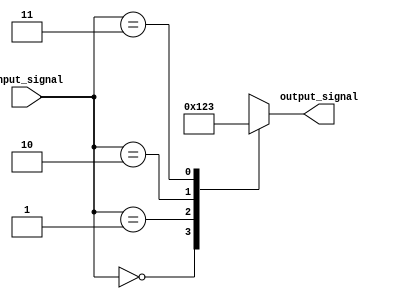
module full_case_statement (
    input wire [1:0] input_signal,
    output reg [3:0] output_signal
);

always @* begin
    case (input_signal)
        2'b00: output_signal = 4'b0000; // action for input_signal = 00
        2'b01: output_signal = 4'b0001; // action for input_signal = 01
        2'b10: output_signal = 4'b0010; // action for input_signal = 10
        2'b11: output_signal = 4'b0011; // action for input_signal = 11
        default: output_signal = 4'bxxxx; // default action
    endcase
end

endmodule